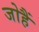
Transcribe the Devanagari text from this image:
जोहैं